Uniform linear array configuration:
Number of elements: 64
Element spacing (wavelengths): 1
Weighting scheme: kaiser
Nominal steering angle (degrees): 60
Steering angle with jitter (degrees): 59.06
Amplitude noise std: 0.05
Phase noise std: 0.05

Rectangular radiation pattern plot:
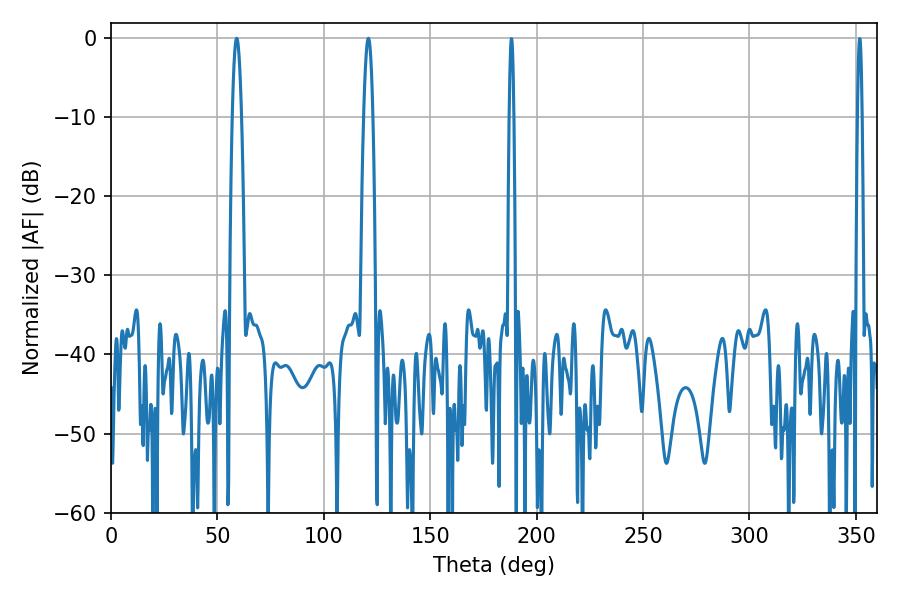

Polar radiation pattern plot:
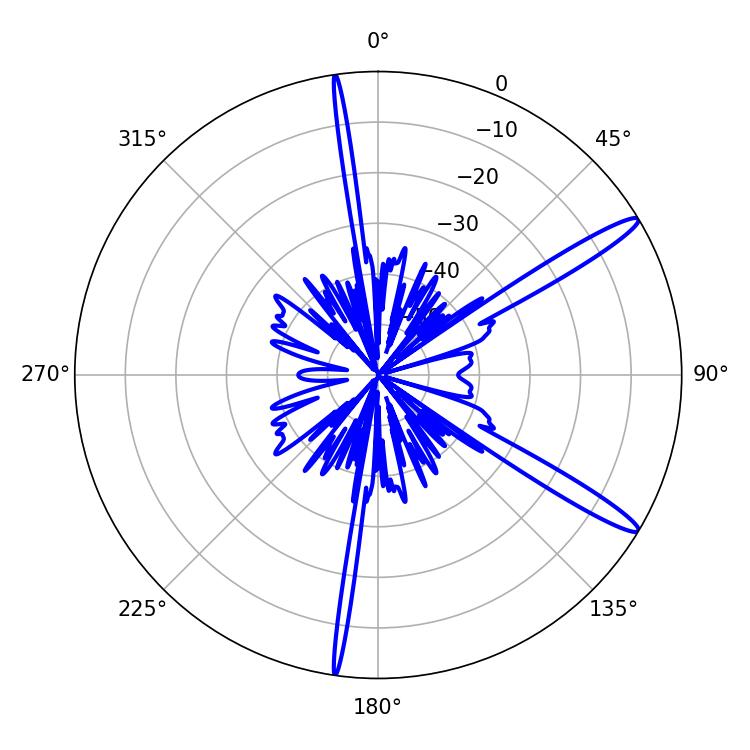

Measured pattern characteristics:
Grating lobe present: TRUE
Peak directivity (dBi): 14.469
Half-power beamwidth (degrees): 2.34
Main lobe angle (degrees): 59.04